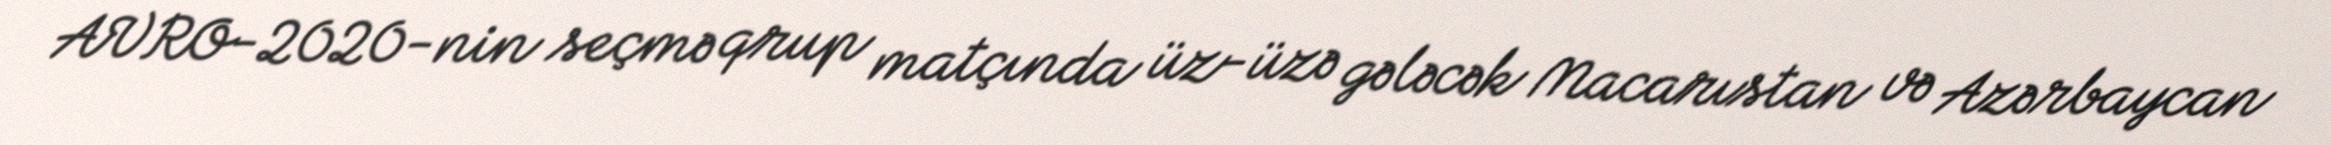
AVRO-2020-nin seçmə qrup matçında üz-üzə gələcək Macarıstan və Azərbaycan